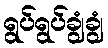
ရွပ်ရွပ်ချွံချွံ